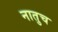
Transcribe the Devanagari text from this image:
नातुच